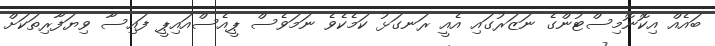
ބައެއް އިކޮނޮމިސްޓުންގެ ނަޒަރުގައި އެއީ ރަނގަޅު ކަމެކެވެ ނަމަވެސް ޕީއެސްއައިޕީ ފައިސާ ވިޔަފާރިތަކަށް